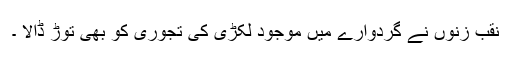
نقب زنوں نے گردوارے میں موجود لکڑی کی تجوری کو بھی توڑ ڈالا ۔